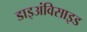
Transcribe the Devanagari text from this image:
डाइअंविसाइड